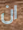
ان